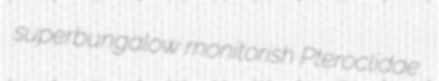
superbungalow monitorish Pteroclidae